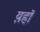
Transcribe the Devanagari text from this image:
य़हॉ